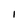
Character: I